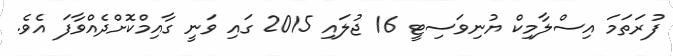
ފުރަތަމަ އިސްލާމިކް ޔުނިވަސިޓީ 16 ޖުލައި 2015 ގައި ވަނީ ގާއިމްކޮށްދެއްވާފަ އެވެ.